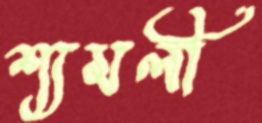
শ্যমলী